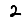
Digit: 2